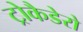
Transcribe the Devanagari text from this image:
ट्रोकैडेरो